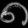
Digit: ၈